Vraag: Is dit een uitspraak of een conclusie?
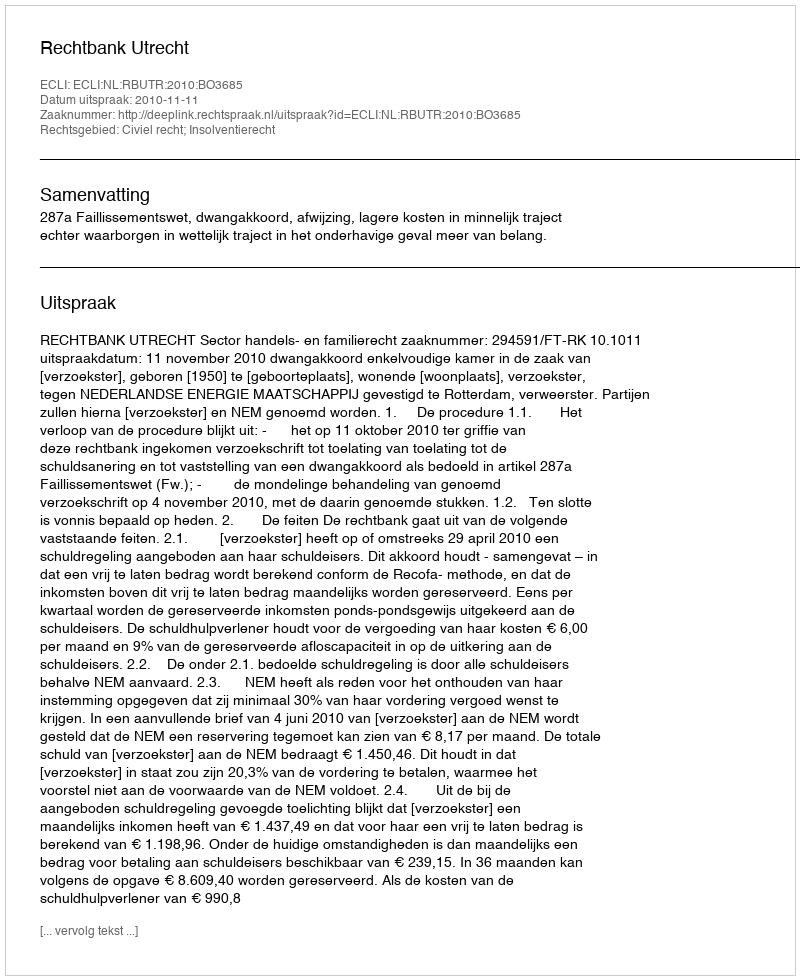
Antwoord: Uitspraak